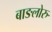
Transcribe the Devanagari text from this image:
बाङलोरु